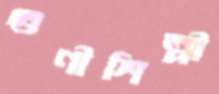
গুণীশিল্পী